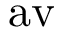
\mathrm { a v }